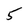
Character: 5